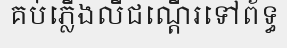
គប់ភ្លើងលីជណ្តើរទៅព័ទ្ធ